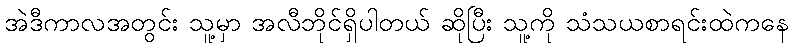
အဲဒီကာလအတွင်း သူ့မှာ အလီဘိုင်ရှိပါတယ် ဆိုပြီး သူ့ကို သံသယစာရင်းထဲကနေ